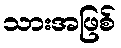
သားအဖြစ်